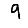
Digit: 9